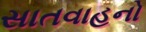
સાતવાહનો